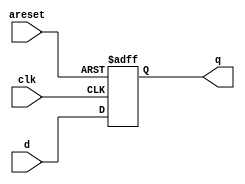
module top_module(
	input clk,
	input [7:0] d,
	input areset,
	output reg [7:0] q);
	
	// The only difference in code compared to synchronous reset is in the sensitivity list.
	always @(posedge clk, posedge areset)
		if (areset)
			q <= 0;
		else
			q <= d;


	// In Verilog, the sensitivity list looks strange. The FF's reset is sensitive to the
	// *level* of areset, so why does using "posedge areset" work?
	// To see why it works, consider the truth table for all events that change the input 
	// signals, assuming clk and areset do not switch at precisely the same time:
	
	//  clk		areset		output
	//   x		 0->1		q <= 0; (because areset = 1)
	//   x		 1->0		no change (always block not triggered)
	//  0->1	   0		q <= d; (not resetting)
	//  0->1	   1		q <= 0; (still resetting, q was 0 before too)
	//  1->0	   x		no change (always block not triggered)
	
endmodule